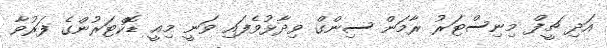
އަދި ޗީފް މިނިސްޓަރު ރާމަން ސިންގް ވިދާޅުވެފައި ވަނީ މިއީ ޑޮކްޓަރުންގެ ފަރުވާ